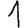
Digit: 1